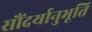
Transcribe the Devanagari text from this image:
सौंदर्यानुभूति